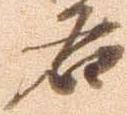
名